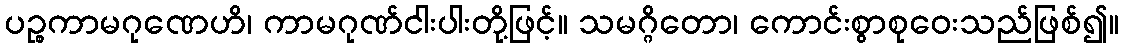
ပဉ္စကာမဂုဏေဟိ၊ ကာမဂုဏ်ငါးပါးတို့ဖြင့်။ သမဂ္ဂိတော၊ ကောင်းစွာစုဝေးသည်ဖြစ်၍။